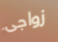
زواجى